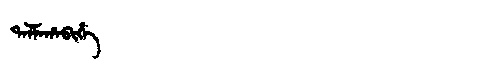
Manchu: ᡨᠠᠯᠮᠠᡥᠠᠪᡳᡥᡝ
Romanization: TALMAHABIHE